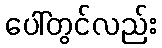
ပေါ်တွင်လည်း